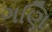
ગણિ